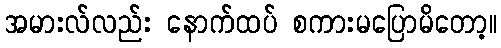
အမားလ်လည်း နောက်ထပ် စကားမပြောမိတော့။